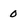
Character: 0